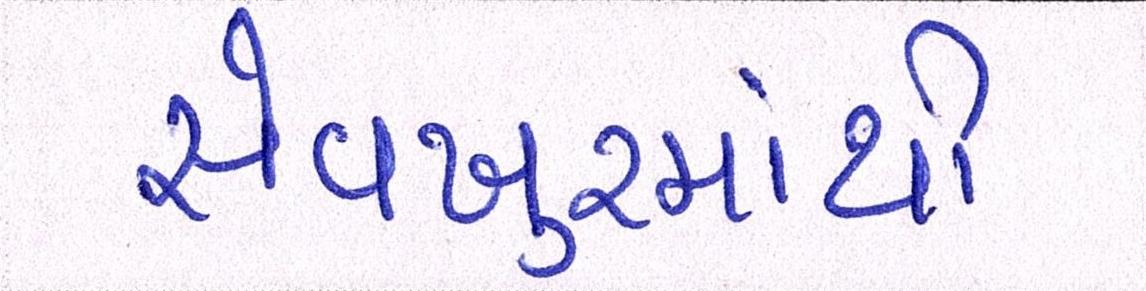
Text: સેવખુરમાંથી